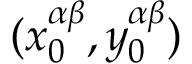
( x _ { 0 } ^ { \alpha \beta } , y _ { 0 } ^ { \alpha \beta } )